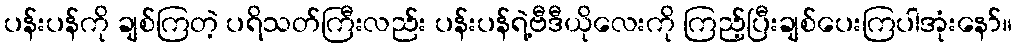
ပန်းပန်ကို ချစ်ကြတဲ့ ပရိသတ်ကြီးလည်း ပန်းပန်ရဲ့ဗီဒီယိုလေးကို ကြည့်ပြီးချစ်ပေးကြပါအုံးနော်။